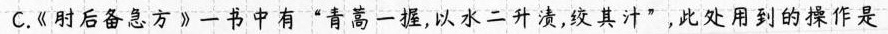
C.《时后备急方》一书中有”青蒿一握，以水二升渍，绞其汁”，此处用到的操作是